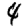
Digit: 4